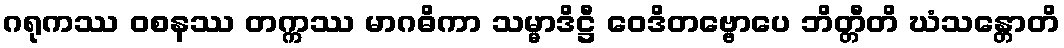
ဂရုကဿ ဝစနဿ တက္ကဿ မာဂဓိကာ သမ္မာဒိဋ္ဌီ ဝေဒိတဗ္ဗောပေ ဘိတ္တီတိ ဃံသန္တောတိ